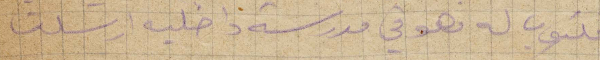
مكتوب له فهو في مدرسه داخلية ارسلنا